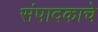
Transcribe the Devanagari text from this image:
संपादकाचे